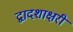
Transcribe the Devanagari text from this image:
द्वादशाक्षरी